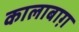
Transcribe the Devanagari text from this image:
कालाबाग़